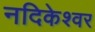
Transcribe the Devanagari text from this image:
नदिकेश्वर